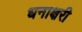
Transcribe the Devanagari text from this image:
धनाक्षरी